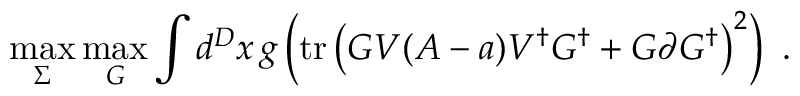
\operatorname * { m a x } _ { \Sigma } \operatorname * { m a x } _ { G } \int d ^ { D } x \, g \left( \mathrm { t r } \left( G V ( A - a ) V ^ { \dagger } G ^ { \dagger } + G \partial G ^ { \dagger } \right) ^ { 2 } \right) \ .